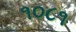
૧૦૮૧